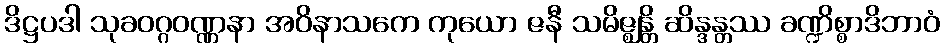
ဒိဋ္ဌပဒါ သုခဝဂ္ဂဝဏ္ဏနာ အဝိနာသကေ ကုယော ဇနီ သမိဇ္ဈန္တိ ဆိန္ဒန္တဿ ခဏ္ဍိစ္စာဒိဘာဝံ